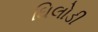
ઘિલોડી